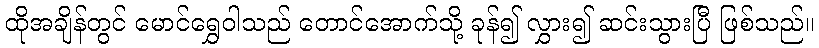
ထိုအချိန်တွင် မောင်ရွှေဝါသည် တောင်အောက်သို့ ခုန်၍ လွှား၍ ဆင်းသွားပြီ ဖြစ်သည်။